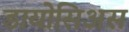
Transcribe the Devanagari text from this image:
डायोसिअस